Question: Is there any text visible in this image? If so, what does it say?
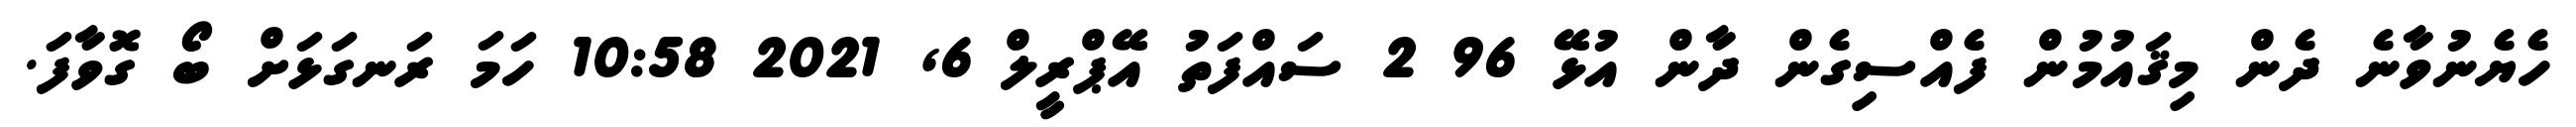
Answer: ހެޔެނުވާނެ ދެން މިޤައުމުން ފެއްސިގެން ދާން އުޅޭ 96 2 ސައްފަތު އޭޕްރީލް 6, 2021 10:58 ހަމަ ރަނގަޅަށް ބޯ ގޮވާފަ.